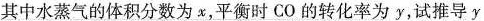
其中水蒸气的体积分数为x，平衡时CO的转化率为y